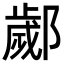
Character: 𨞣